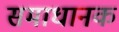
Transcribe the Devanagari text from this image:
समाधानक